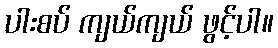
ပါးစပ် ကျယ်ကျယ် ဖွင့်ပါ။